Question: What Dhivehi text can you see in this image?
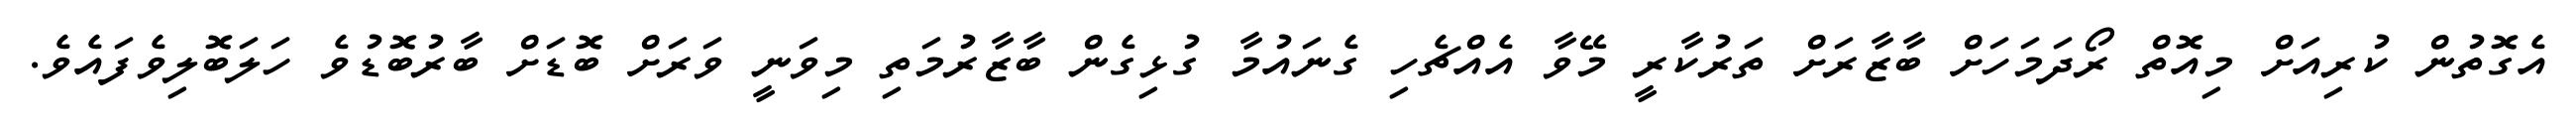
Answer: އެގޮތުން ކުރިއަށް މިއޮތް ރޯދަމަހަށް ބާޒާރަށް ތަރުކާރީ މޭވާ އެއްޗެހި ގެނައުމާ ގުޅިގެން ބާޒާރުމަތި މިވަނީ ވަރަށް ބޮޑަށް ބާރުބޮޑުވެ ހަލަބޮލިވެފައެވެ.